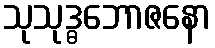
သုသုဒ္ဓဘောဇနော